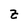
Character: Z